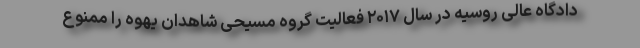
دادگاه عالی روسیه در سال ۲۰۱۷ فعالیت گروه مسیحی شاهدان یهوه را ممنوع